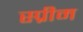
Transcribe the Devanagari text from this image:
स्प्रीम